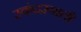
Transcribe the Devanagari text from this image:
स्कंदस्वाती